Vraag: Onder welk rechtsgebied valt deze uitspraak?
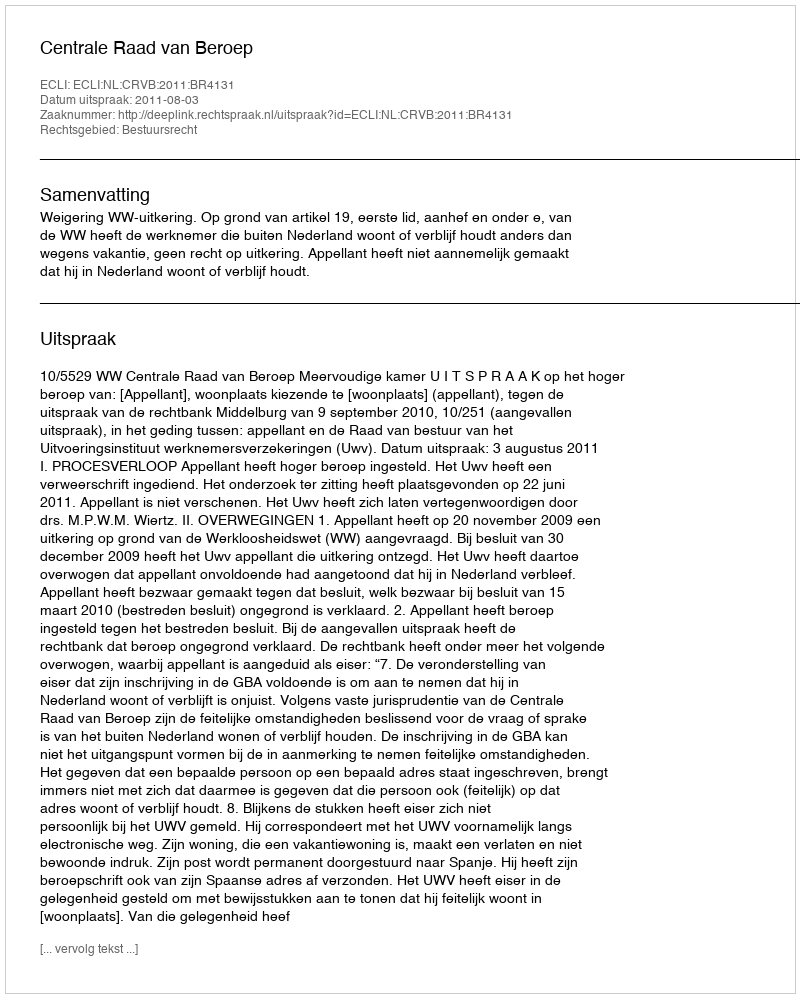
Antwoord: Bestuursrecht